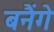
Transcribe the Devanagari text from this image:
बनैंगे